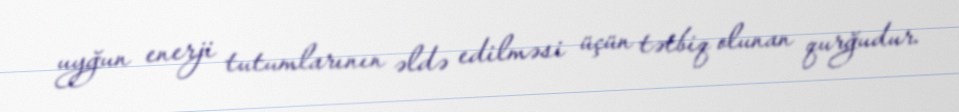
uyğun enerji tutumlarının əldə edilməsi üçün tətbiq olunan qurğudur.